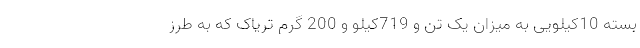
بسته 10کیلویی به میزان یک تن و 719کیلو و 200 گرم تریاک که به طرز